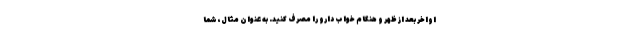
اواخر بعد از ظهر و هنگام خواب دارو را مصرف کنید. به عنوان مثال، شما